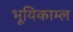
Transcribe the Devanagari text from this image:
भूयिकाम्ल